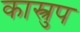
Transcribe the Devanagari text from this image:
कास्त्रुप